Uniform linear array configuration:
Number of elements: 4
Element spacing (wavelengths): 1
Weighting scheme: cosine
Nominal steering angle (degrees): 15
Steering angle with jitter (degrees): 13.036
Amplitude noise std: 0.05
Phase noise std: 0.05

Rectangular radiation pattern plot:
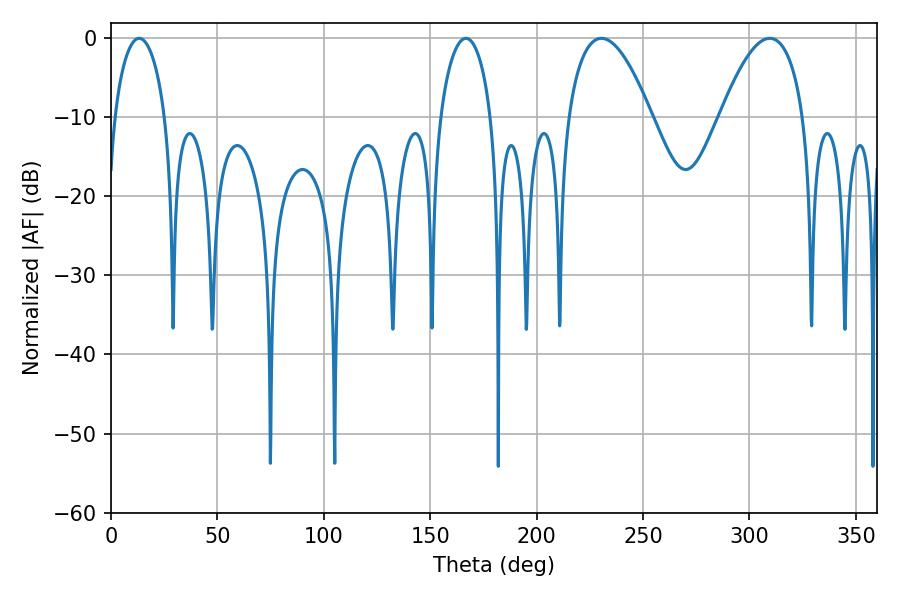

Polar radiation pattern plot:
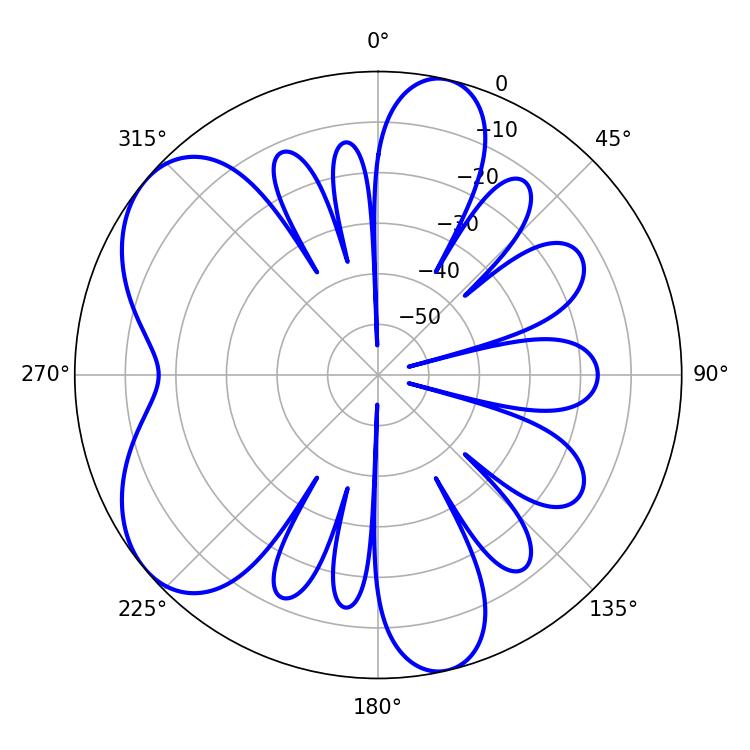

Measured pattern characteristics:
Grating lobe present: TRUE
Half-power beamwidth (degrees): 21.78
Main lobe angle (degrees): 230.4